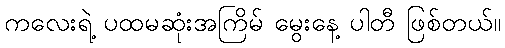
ကလေးရဲ့ ပထမဆုံးအကြိမ် မွေးနေ့ ပါတီ ဖြစ်တယ်။